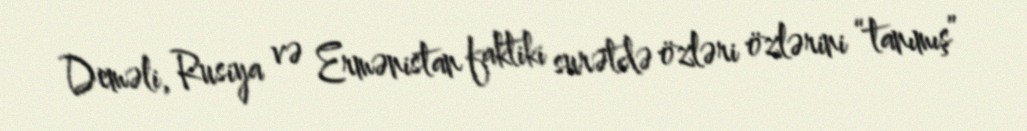
Deməli, Rusiya və Ermənistan faktiki surətdə özləri özlərini “tanımış”